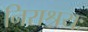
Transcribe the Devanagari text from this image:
निराश्रयः